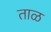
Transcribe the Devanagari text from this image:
ताळ